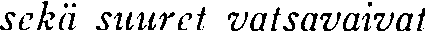
sekä suuret vatsavaivat